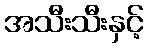
အသီးသီးနှင့်